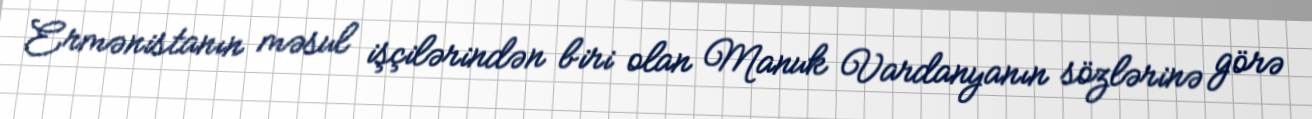
Ermənistanın məsul işçilərindən biri olan Manuk Vardanyanın sözlərinə görə